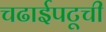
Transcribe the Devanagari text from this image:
चढाईपटूची